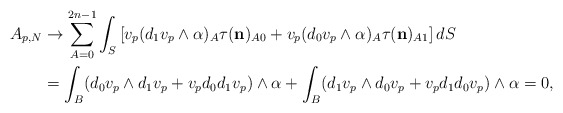
\begin{align*} A_{p,N}&\rightarrow \sum_{A=0}^{2n-1} \int_S \left[v_p(d_1v_{p }\wedge\alpha)_A \tau( \mathbf{{n}})_{A0}+v_{p } (d_0 v_p\wedge\alpha)_A \tau( \mathbf{{n}})_{A1}\right]dS \\&= \int_B (d_0 v_p \wedge d_1v_{p }+ v_p d_0 d_1v_{p }) \wedge\alpha+\int_B ( d_1v_{p }\wedge d_0 v_p+ v_p d_1 d_0v_{p })\wedge\alpha=0, \end{align*}